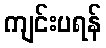
ကျင်းပရန်